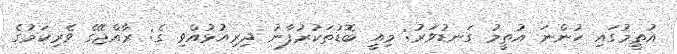
އުތީމުގައި ހުންނަ އުތީީމު ގަނޑުވަރު: މިއީ ބޮޑުތަކުރުފާނު ދިރިއުޅުއްވި ގެ: ރާއްޖޭގެ ވެރިކަމުގެ